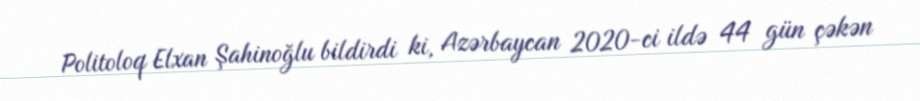
Politoloq Elxan Şahinoğlu bildirdi ki, Azərbaycan 2020-ci ildə 44 gün çəkən